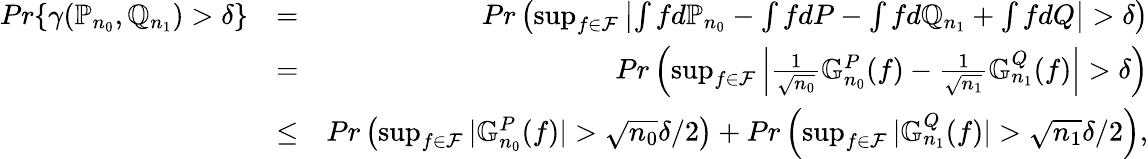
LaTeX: \begin{array}{rlr}{Pr\{ \gamma(\mathbb{P}_{n_{0}},\mathbb{Q}_{n_{1}})>\delta\} }&{=}&{Pr\left(\operatorname*{sup}_{f\in{\cal F}}\left|\int fd\mathbb{P}_{n_{0}}-\int fdP-\int fd\mathbb{Q}_{n_{1}}+\int{fdQ}\right|>\delta\right)}\\ &{=}&{Pr\left(\operatorname*{sup}_{f\in{\cal F}}\left|\frac{1}{\sqrt{n_{0}}}\mathbb{G}_{n_{0}}^{P}(f)-\frac{1}{\sqrt{n_{1}}}\mathbb{G}_{n_{1}}^{Q}(f)\right|>\delta\right)}\\ &{\leq}&{Pr\left(\operatorname*{sup}_{f\in{\cal F}}|\mathbb{G}_{n_{0}}^{P}(f)|>\sqrt{n_{0}}\delta/2\right)+Pr\left(\operatorname*{sup}_{f\in{\cal F}}|\mathbb{G}_{n_{1}}^{Q}(f)|>\sqrt{n_{1}}\delta/2\right),}\end{array}